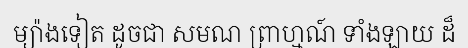
ម្យ៉ាងទៀត ដូចជា សមណ ព្រាហ្មណ៍ ទាំងឡាយ ដ៏